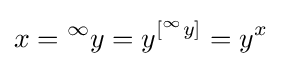
x={^{\infty }y}=y^{\left[^{\infty }y\right]}=y^{x}